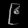
Digit: ၉